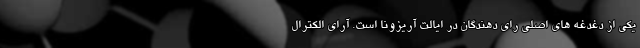
یکی از دغدغه های اصلی رای دهندگان در ایالت آریزونا است. آرای الکترال